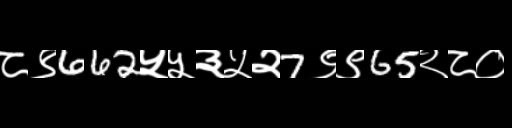
Text: ८९662५५३५२7९९65२८०